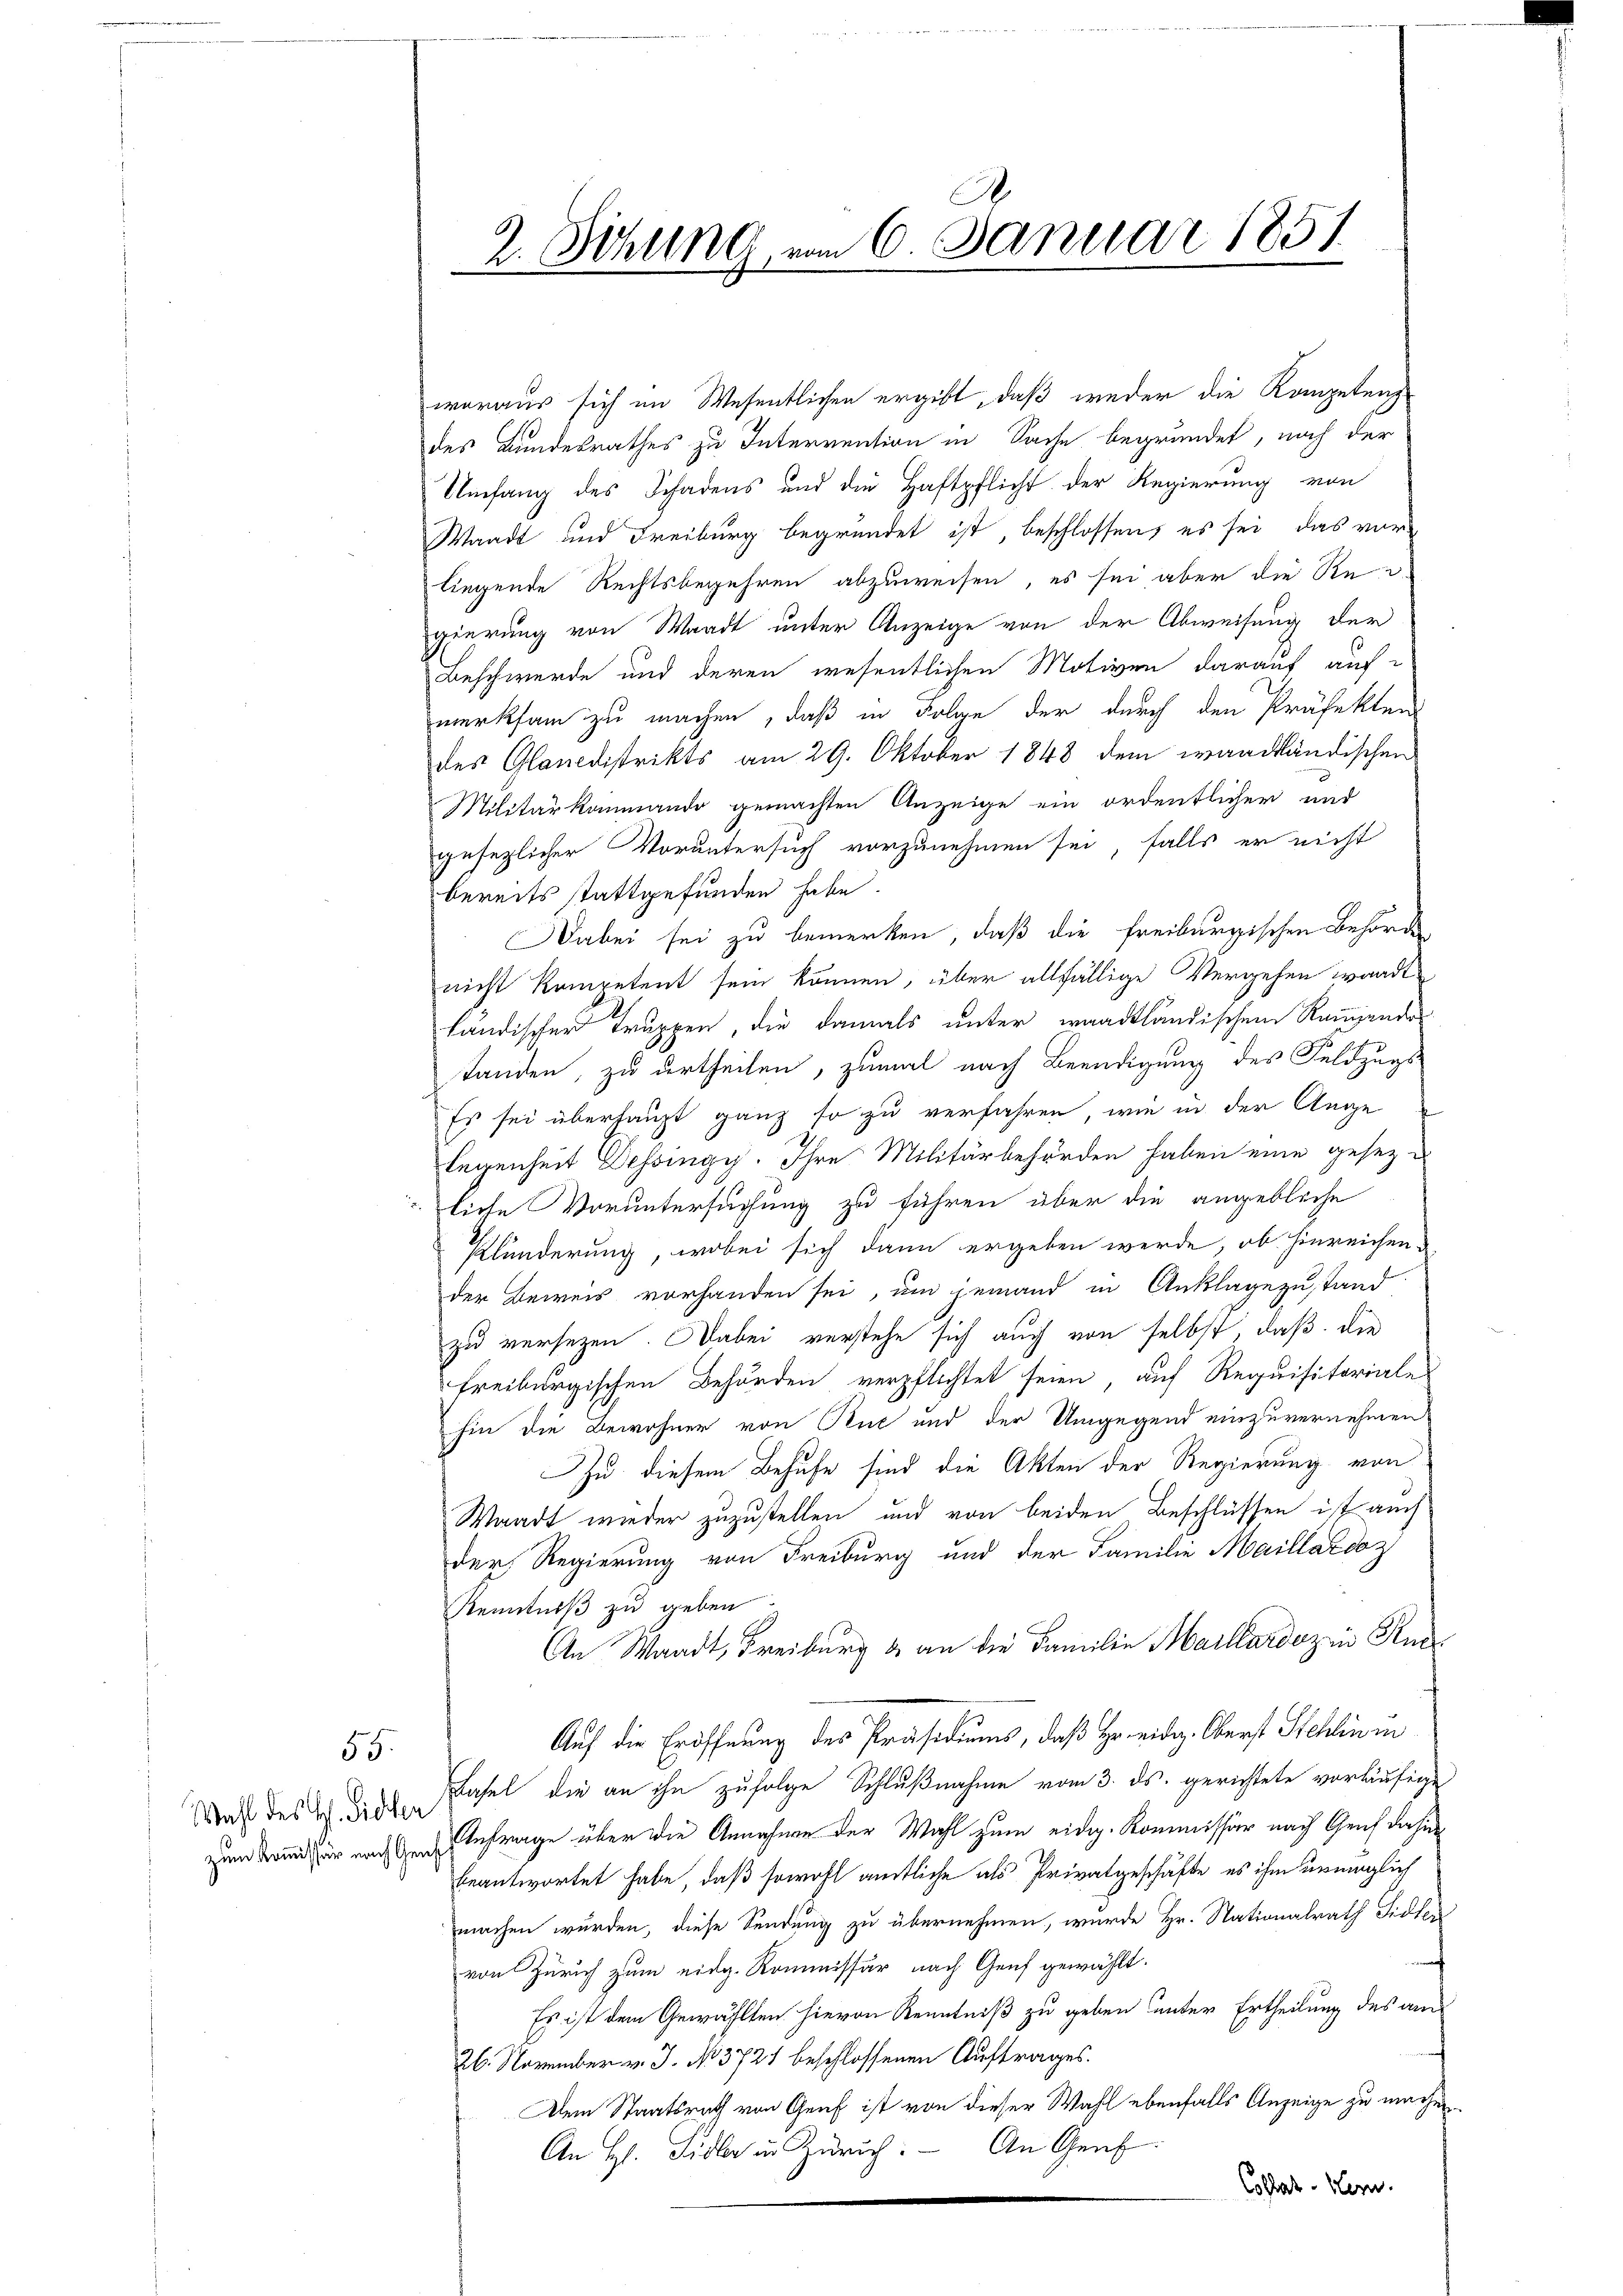
Wahl des H. Sidler

55.

A
2. Sitzung vom 6. Januar 1851

woraus sich im Wesentlichen ergibt, daß weder die Kompetenz
des Bundesrathes zu Intervention in Sache begründet, nach der
Umfang des Schadens und die Haftpflicht der Regierung von
Waadt und Freiburg begründet ist, beschlossen, es sei, das vor
liegende Rechtsbegehren abzuweisen, es sei aber die Re-
gierung von Waadt unter Anzeige von der Abweisung der
Beschwerde und deren wesentlichen Motiven darauf aufmerksam zu machen, daß in Folge der durch den Präfekten
des Glanidistrikts am 29. Oktober 1848 dem wandländischen
Militärkommando gemachten Anzeige ein ordentlicher und
gesezlicher Voruntersuch vorzunehmen sei, falls er nicht
bereits stattgefunden habe.
Dabei sei zu bemerken, daß die Freiburgischen Behörde
nicht kompetent sein können, über allfällige Vergehen waadt
ländischer Truppen, die damals unter waadtländischen Rammende
standen, zu urtheilen, zumal nach Beendigung des Feldzugs
Es sei überhaupt ganz so zu verfahren, wie in der Ange
legenheit Dessingy. Ihre Militärbehörden haben eine gesezliche Voruntersuchung zu führen über die angebliche
Klünderung, wobei sich dann ergeben werde, ob hinreichen-
der Beweis vorhanden sei, um jemand in Anklagezustand
zu versetzen. Dabei verstehe sich auch von selbst, daß die
freiburgischen Behörden verpflichtet seien, auf Requisitariale
hin die Bewohner von Rue und der Umgegend einzuvernehmen
Zu diesem Behufe sind die Akten der Regierung von
Waadt wieder zuzustellen und von beiden Beschlüssen ist auch
der Regierung von Freiburg und der Familie Maillardoz
Kenntniß zu geben
An Waadt, Freiburg & an die Familie Maillardozen Rec
Auf die Eröffnung des Präsidiums, daß Hr. eidg. Oberst Stehlin un
Basel, die an ihn zufolge Schlußnahme vom 3. ds. gerichtete vorläufige
zum Band zur nachten Anfrage über die Annahme der Wahl zum eidg. Kommissär nach Genf dahin
beantwortet habe, daß sowohl amtliche als Privatgeschäfte es ihm unmöglich
machen würden, diese Sendung zu übernehmen, wurde Hr. Nationalrath Sidler
von Zürich zum eidg. Kommissär nach Genf gewählt.
Es ist dem Gewählten hievon Kenntniß zu geben unter Ertheilung des am
26. November v. J. No. 3721 beschlossenen Auftrages.
Dem Staatsrath von Genf ist von dieser Wahl ebenfalls Anzeige zu machen.
An Hr. Sidler in Zürich: An Genf.
Collat. Hern.